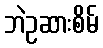
ဘဲဥဆားစိမ်